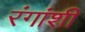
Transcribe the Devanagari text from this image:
रंगांशी